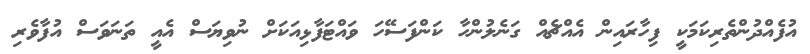
އުފެއްދުންތެރިކަމަކީ ފިހާރައިން އެއްޗެއް ގަނެލުންހާ ކަންފަސޭހަ ވައްޓަފާޅިއަކަށް ނުވިޔަސް އެއީ ތަނަވަސް އުފާވެރި